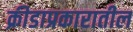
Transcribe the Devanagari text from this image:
क्रीडाप्रकारातील